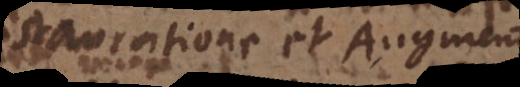
instauratione et augmentis